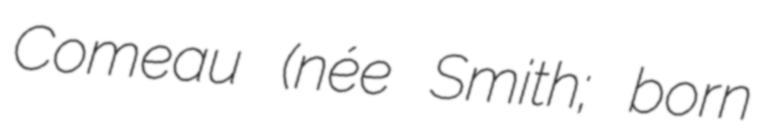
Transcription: Comeau (née Smith; born